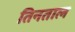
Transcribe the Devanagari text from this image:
तिनताल